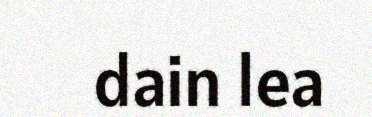
dain lea